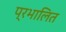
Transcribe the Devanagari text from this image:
प्रभालित